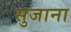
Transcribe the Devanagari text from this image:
सुजाना